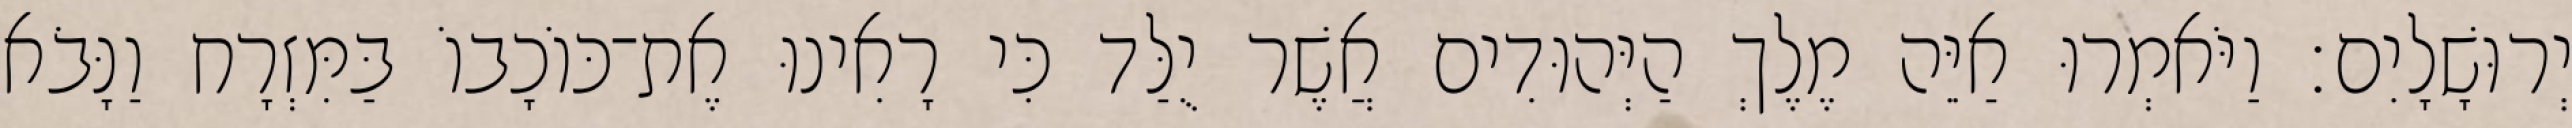
יְרוּשָׁלָיִם׃ וַיֹּאמְרוּ אַיֵּה מֶלֶךְ הַיְּהוּדִים אֲשֶׁר יֻלַּד כִּי רָאִינוּ אֶת־כּוֹכָבוֹ בַּמִּזְרָח וַנָּבֹא